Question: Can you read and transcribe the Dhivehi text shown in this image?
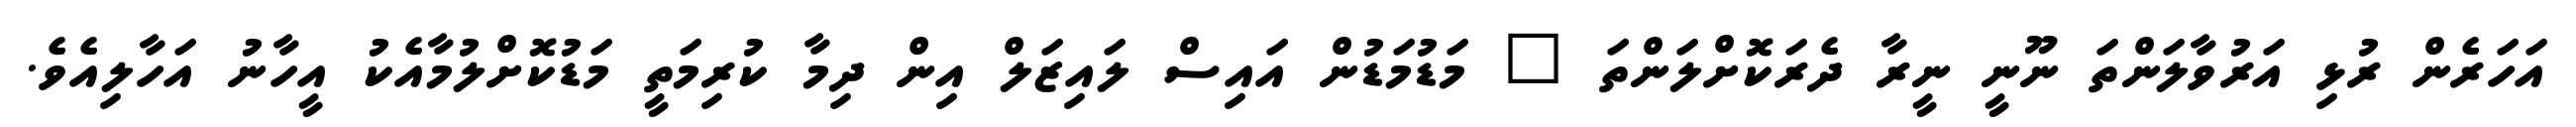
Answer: އަހަރެން ރުޅި އަރުވާލަންތަ ނޫނީ ނީރާ ދެރަކޮށްލަންތަ " މަޑުމަޑުން އައިސް ލައިޒަލް އިން ދިމާ ކުރިމަތީ މަޑުކޮށްލުމާއެކު އީހާނު އަހާލިއެވެ.